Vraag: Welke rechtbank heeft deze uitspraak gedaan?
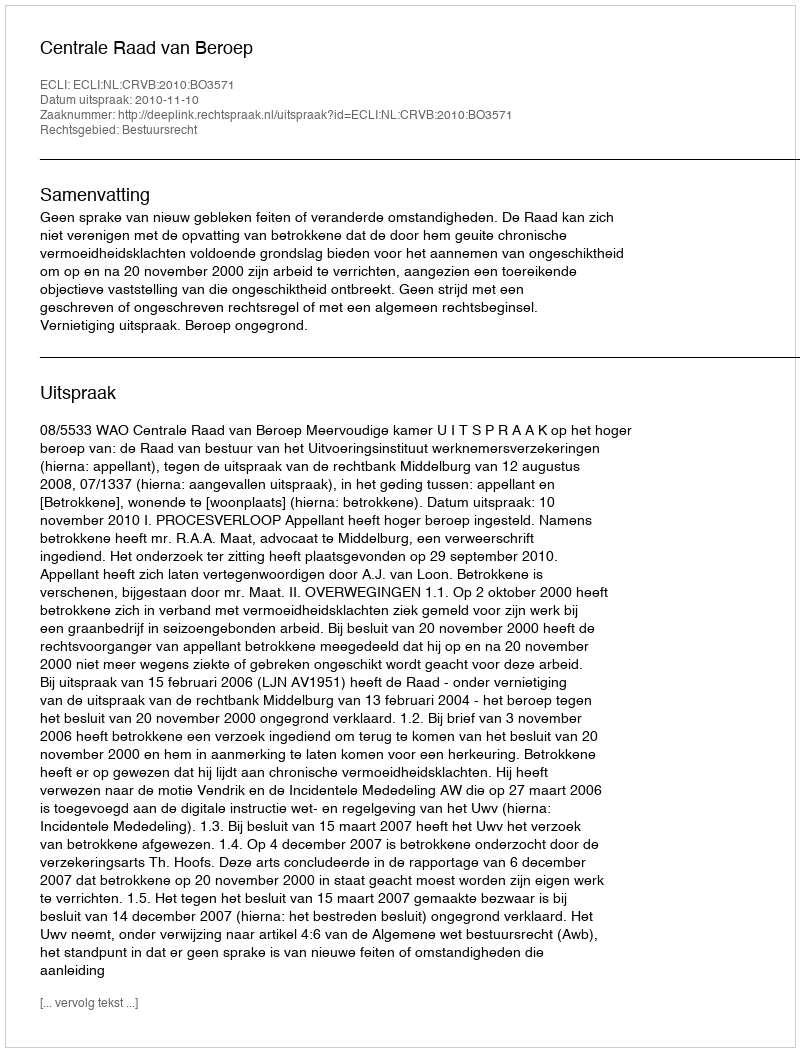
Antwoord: Centrale Raad van Beroep